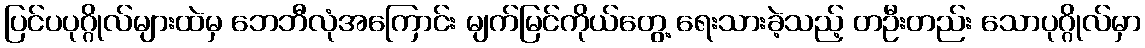
ပြင်ပပုဂ္ဂိုလ်များထဲမှ ဘေဘီလုံအကြောင်း မျက်မြင်ကိုယ်တွေ့ ရေးသားခဲ့သည့် တဦးတည်း သောပုဂ္ဂိုလ်မှာ